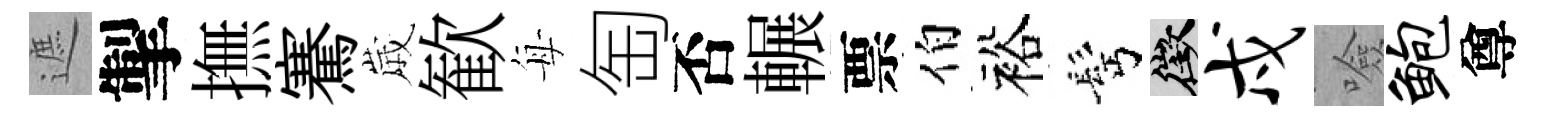
遮掣撫騫𡻕歓每匋否輾票伯裕髩徵戍噞鲍尊